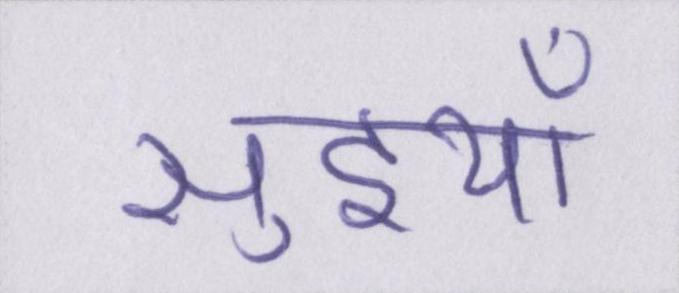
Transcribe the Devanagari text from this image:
सुइयाँ